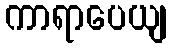
ကာရာပေယျ